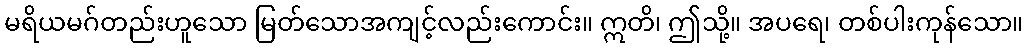
မရိယမဂ်တည်းဟူသော မြတ်သောအကျင့်လည်းကောင်း။ ဣတိ၊ ဤသို့။ အပရေ၊ တစ်ပါးကုန်သော။